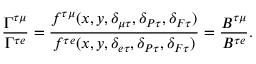
\frac { \Gamma ^ { \tau \mu } } { \Gamma ^ { \tau e } } = \frac { f ^ { \tau \mu } ( x , y , \delta _ { \mu \tau } , \delta _ { P \tau } , \delta _ { F \tau } ) } { f ^ { \tau e } ( x , y , \delta _ { e \tau } , \delta _ { P \tau } , \delta _ { F \tau } ) } = \frac { B ^ { \tau \mu } } { B ^ { \tau e } } .